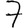
Digit: 7